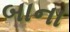
બાના